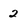
Character: 2